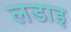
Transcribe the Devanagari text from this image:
लडाइ